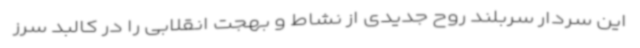
این سردار سربلند روح جدیدی از نشاط و بهجت انقلابی را در کالبد سرز